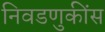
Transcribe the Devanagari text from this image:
निवडणुकींस